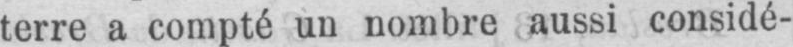
terre a compté un nombre aussi considé-